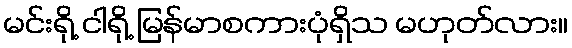
မင်းရို့ ငါရို့ မြန်မာစကားပုံရှိသ မဟုတ်လား။